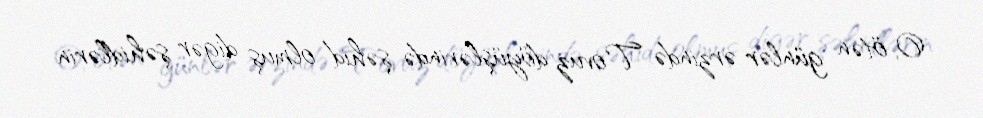
O, ötən günlər ərzində Tovuz döyüşlərində şəhid olmuş digər şəhidlərin